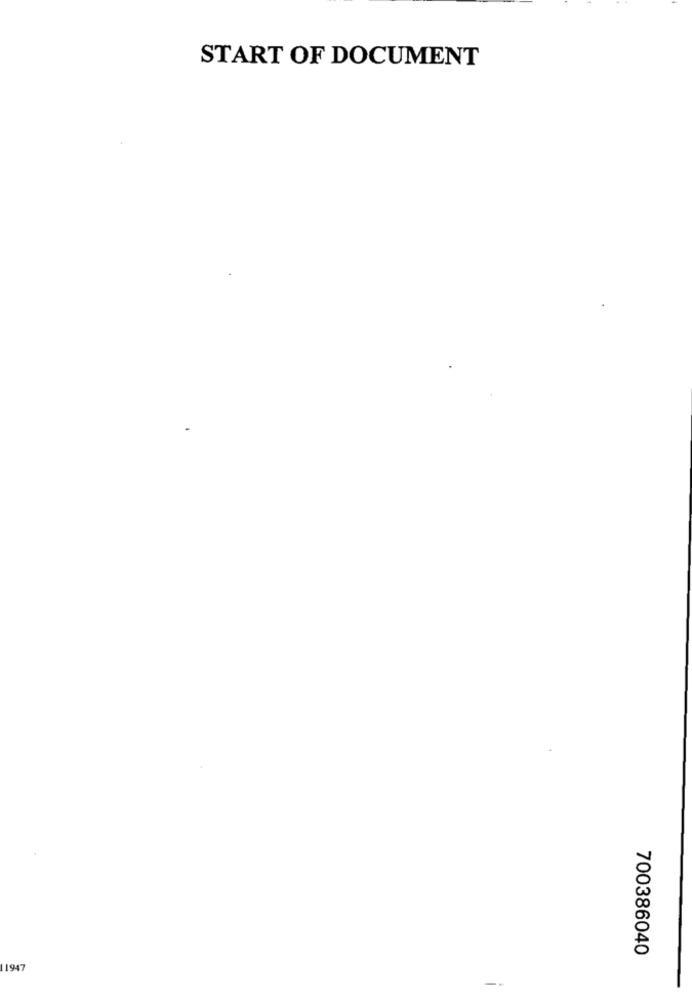
START OF DOCUMENT
700386040
11947